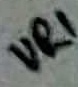
Text: VR1